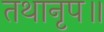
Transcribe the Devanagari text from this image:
तथानृप॥